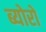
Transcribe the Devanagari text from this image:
ब्योरो